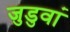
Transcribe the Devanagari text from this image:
जुडुवां